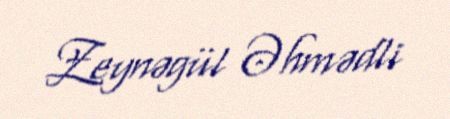
Zeynəgül Əhmədli